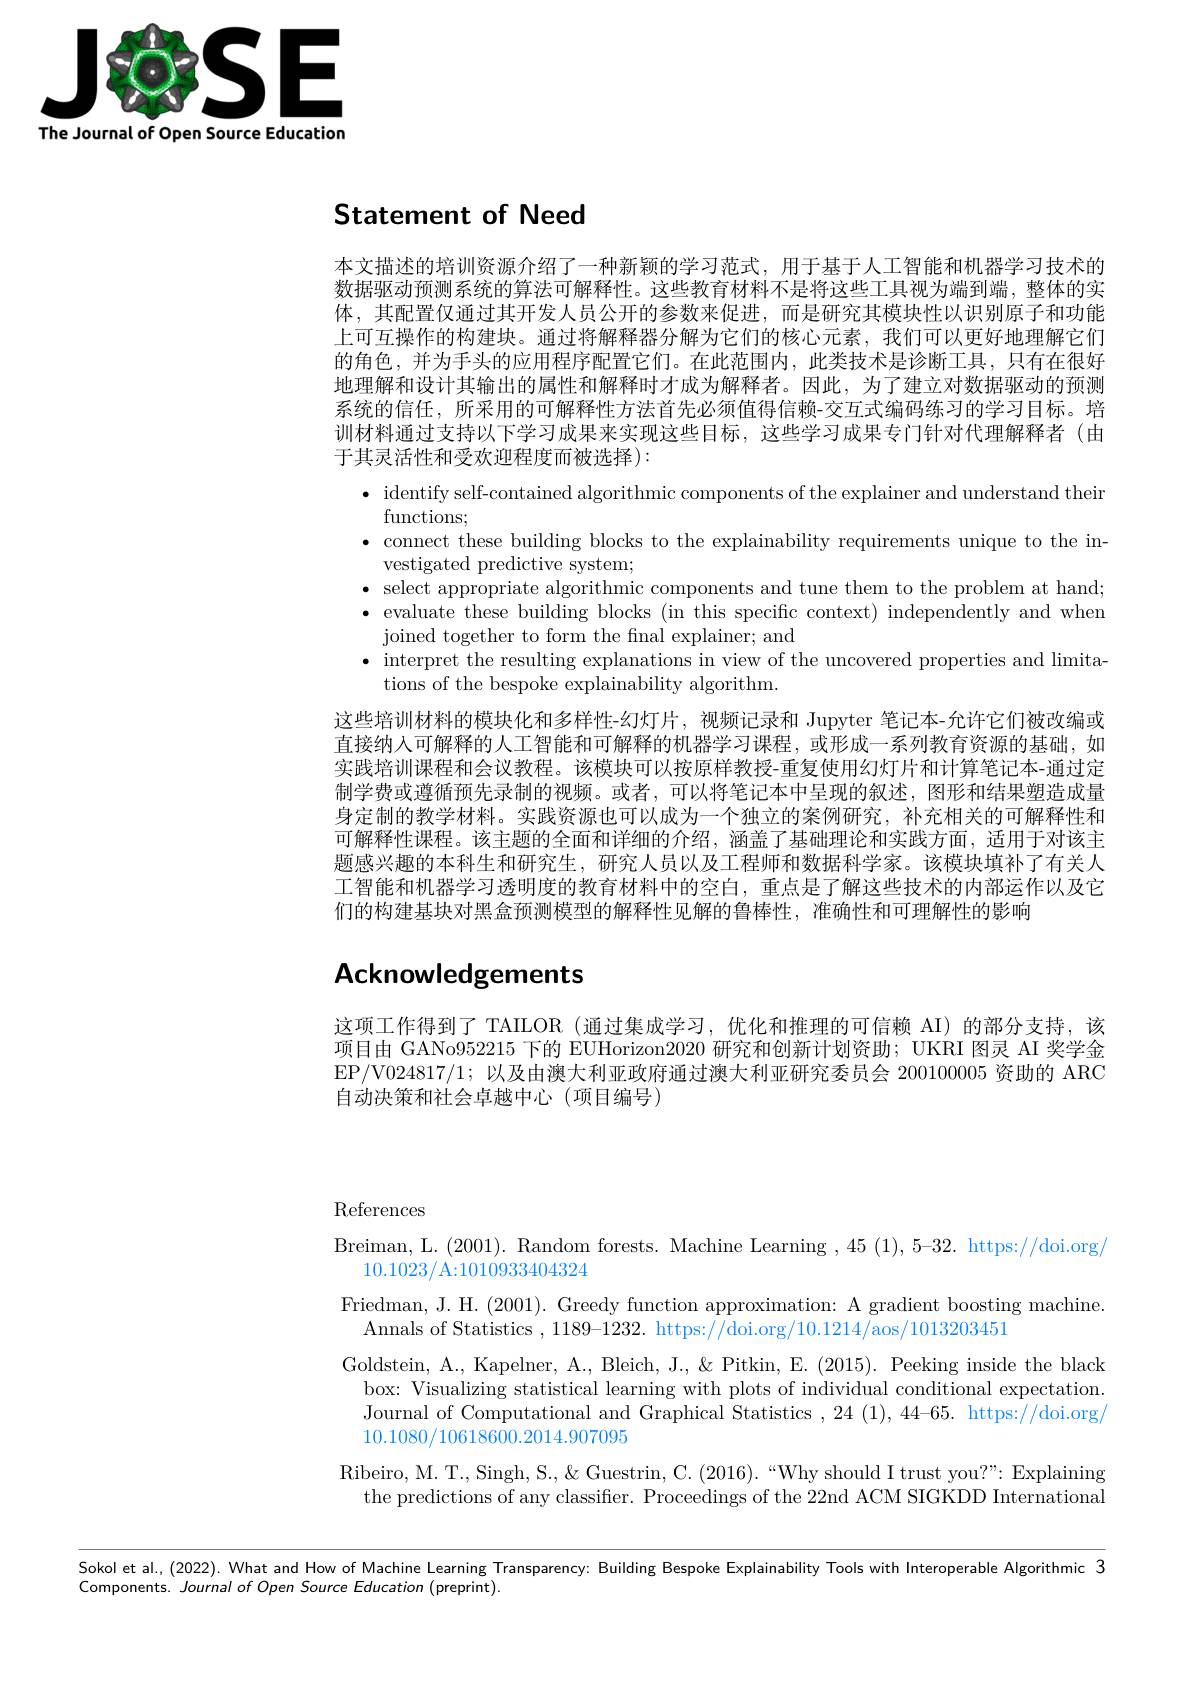
<FigureHere>
The Journal of Open Source Education

Statement of Need

本文描述的培训资源介绍了一种新颖的学习范式，用于基于人工智能和机器学习技术的数据驱动预测系统的算法可解释性。这些教育材料不是将这些工具视为端到端，整体的实体，其配置仅通过其开发人员公开的参数来促进，而是研究其模块性以识别原子和功能上可互操作的构建块。通过将解释器分解为它们的核心元素，我们可以更好地理解它们的角色，并为手头的应用程序配置它们。在此范围内，此类技术是诊断工具，只有在很好地理解和设计其输出的属性和解释时才成为解释者。因此，为了建立对数据驱动的预测系统的信任，所采用的可解释性方法首先必须值得信赖-交互式编码练习的学习目标。培训材料通过支持以下学习成果来实现这些目标，这些学习成果专门针对代理解释者(由于其灵活性和受欢迎程度而被选择):
$\bullet$ identify self-contained algorithmic components of the explainer and understand their
${\mathrm{functions;}}$
·connect these building blocks to the explainability requirements unique to the in-
vestigated predictive system;
$\bullet$ select appropriate algorithmic components and tune them to the problem at hand; $\bullet$ evaluate these building blocks (in this specific context) independently and when joined together to form the final explainer; and
$\bullet$ interpret the resulting explanations in view of the uncovered properties and limita-
tions of the bespoke explainability algorithm.
这些培训材料的模块化和多样性-幻灯片，视频记录和 Jupyter 笔记本-允许它们被改编或直接纳人可解释的人工智能和可解释的机器学习课程，或形成一系列教育资源的基础，如实践培训课程和会议教程。该模块可以按原样教授-重复使用幻灯片和计算笔记本-通过定制学费或遵循预先录制的视频。或者，可以将笔记本中呈现的叙述，图形和结果塑造成量身定制的教学材料。实践资源也可以成为一个独立的案例研究，补充相关的可解释性和可解释性课程。该主题的全面和详细的介绍，涵盖了基础理论和实践方面，适用于对该主题感兴趣的本科生和研究生，研究人员以及工程师和数据科学家。该模块填补了有关人工智能和机器学习透明度的教育材料中的空白，重点是了解这些技术的内部运作以及它们的构建基块对黑盒预测模型的解释性见解的鲁棒性，准确性和可理解性的影响

# Acknowledgements

这项工作得到了 TAILOR (通过集成学习，优化和推理的可信赖 AI)的部分支持，该项目由 GANo952215下的 EUHorizon2020 研究和创新计划资助；UKRI 图灵 AI 奖学金EP/V024817/1; 以及由澳大利亚政府通过澳大利亚研究委员会 200100005 资助的 ARC 自动决策和社会卓越中心(项目编号)

$\operatorname{References}$
Breiman, L. (2001). Random forests. Machine Learning ,45 ( 1) , 5- 32. https: / / doi. org/
10.1023/A:1010933404324
Friedman, J. H. (2001). Greedy function approximation: A gradient boosting machine.
Annals of Statistics , 1189-1232. https://doi.org/10.1214/aos/1013203451
Goldstein, A., Kapelner, A., Bleich, J., & & Pitkin, E. (2015). Peeking inside the black
box: Visualizing statistical learning with plots of individual conditional expectation. Journal of Computational and Graphical Statistics ,24 ( 1) , 44- 65. https: / / doi. org/ 10.1080/10618600.2014.907095
Ribeiro, M. T., Singh, S., & & Guestrin, C. (2016).“Why should I trust you?”: Explaining
the predictions of any classifier. Proceedings of the 22nd ACM SIGKDD International

Sokol et al, (2022). What and How of Machine Learning Transparency: Building Bespoke Explainability Tools with Interoperable Algorithmic 3

Components. Journal of Open Source Education (preprint).